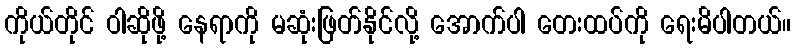
ကိုယ်တိုင် ဝါဆိုဖို့ နေရာကို မဆုံးဖြတ်နိုင်လို့ အောက်ပါ တေးထပ်ကို ရေးမိပါတယ်။